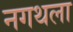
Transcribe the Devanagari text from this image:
नगथला